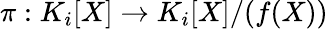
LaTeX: \pi:K_{i}[X]\to K_{i}[X]/(f(X))